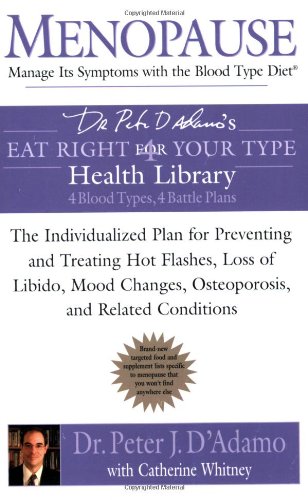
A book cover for Menopause: Manage Its Symptoms with the Blood Type Diet: The Individualized Plan for Preventing and Treating Hot Flashes, Lossof Libido, Mood Changes, Osteoporosis, and Related Conditions; Dr. Peter J. D'Adamo; Health, Fitness & Dieting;